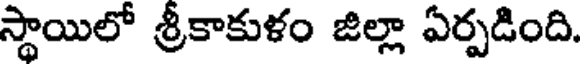
స్థాయిలో శ్రీకాకుళం జిల్లా ఏర్పడింది.